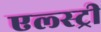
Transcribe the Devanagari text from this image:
एल्स्ट्री